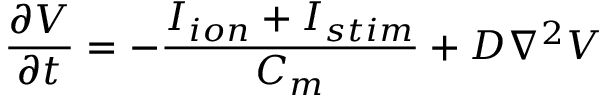
\frac { \partial V } { \partial t } = - \frac { I _ { i o n } + I _ { s t i m } } { C _ { m } } + D \nabla ^ { 2 } V